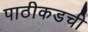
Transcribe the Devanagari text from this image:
पाठीकडची